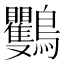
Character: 𪈴